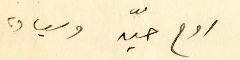
روح حيّه وسيادة